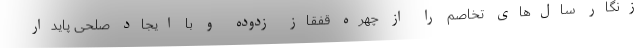
زنگار سال‌های تخاصم را از چهره قفقاز زدوده و با ایجاد صلحی پایدار